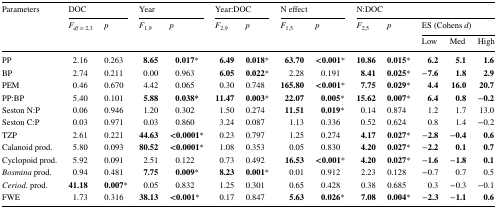
<table><thead><tr><td rowspan="3"><b>Parameters</b></td><td colspan="2"><b>DOC</b></td><td colspan="2"><b>Year</b></td><td colspan="2"><b>Year:DOC</b></td><td colspan="2"><b>N effect</b></td><td colspan="5"><b>N:DOC</b></td></tr><tr><td rowspan="2"><b><i>F</i><sub><i>df</i> = 2,3</sub></b></td><td rowspan="2"><b><i>p</i></b></td><td rowspan="2"><b><i>F</i><sub>1,9</sub></b></td><td rowspan="2"><b><i>p</i></b></td><td rowspan="2"><b><i>F</i><sub>2,9</sub></b></td><td rowspan="2"><b><i>p</i></b></td><td rowspan="2"><b><i>F</i><sub>1,5</sub></b></td><td rowspan="2"><b><i>p</i></b></td><td rowspan="2"><b><i>F</i><sub>2,5</sub></b></td><td rowspan="2"><b><i>p</i></b></td><td colspan="3"><b>ES (Cohens <i>d</i>)</b></td></tr><tr><td><b>Low</b></td><td><b>Med</b></td><td><b>High</b></td></tr></thead><tbody><tr><td>PP</td><td>2.16</td><td>0.263</td><td><b>8.65</b></td><td><b>0.017</b>*</td><td><b>6.49</b></td><td><b>0.018</b>*</td><td><b>63.70</b></td><td><b>&lt;0.001</b>*</td><td><b>10.86</b></td><td><b>0.015</b>*</td><td><b>6.2</b></td><td><b>5.1</b></td><td><b>1.6</b></td></tr><tr><td>BP</td><td>2.74</td><td>0.211</td><td>0.00</td><td>0.963</td><td><b>6.05</b></td><td><b>0.022</b>*</td><td>2.28</td><td>0.191</td><td><b>8.41</b></td><td><b>0.025</b>*</td><td>−<b>7.6</b></td><td><b>1.8</b></td><td><b>2.9</b></td></tr><tr><td>PEM</td><td>0.46</td><td>0.670</td><td>4.42</td><td>0.065</td><td>0.30</td><td>0.748</td><td><b>165.80</b></td><td><b>&lt;0.001</b>*</td><td><b>7.75</b></td><td><b>0.029</b>*</td><td><b>4.4</b></td><td><b>16.0</b></td><td><b>20.7</b></td></tr><tr><td>PP:BP</td><td>5.40</td><td>0.101</td><td><b>5.88</b></td><td><b>0.038*</b></td><td><b>11.47</b></td><td><b>0.003</b>*</td><td><b>22.07</b></td><td><b>0.005</b>*</td><td><b>15.62</b></td><td><b>0.007</b>*</td><td><b>6.4</b></td><td><b>0.8</b></td><td>−<b>0.2</b></td></tr><tr><td>Seston N:P</td><td>0.06</td><td>0.946</td><td>1.20</td><td>0.302</td><td>1.50</td><td>0.274</td><td><b>11.51</b></td><td><b>0.019</b>*</td><td>0.14</td><td>0.874</td><td>1.2</td><td>1.7</td><td>13.0</td></tr><tr><td>Seston C:P</td><td>0.03</td><td>0.971</td><td>0.03</td><td>0.860</td><td>3.24</td><td>0.087</td><td>1.13</td><td>0.336</td><td>0.52</td><td>0.624</td><td>0.8</td><td>1.4</td><td>−0.2</td></tr><tr><td>TZP</td><td>2.61</td><td>0.221</td><td><b>44.63</b></td><td><b>&lt;0.0001</b>*</td><td>0.23</td><td>0.797</td><td>1.25</td><td>0.274</td><td><b>4.17</b></td><td><b>0.027</b>*</td><td>−<b>2.8</b></td><td>−<b>0.4</b></td><td><b>0.6</b></td></tr><tr><td>Calanoid prod.</td><td>5.80</td><td>0.093</td><td><b>80.52</b></td><td><b>&lt;0.0001</b>*</td><td>1.08</td><td>0.353</td><td>0.05</td><td>0.830</td><td><b>4.20</b></td><td><b>0.027</b>*</td><td>−<b>2.2</b></td><td><b>0.1</b></td><td><b>0.7</b></td></tr><tr><td>Cyclopoid prod.</td><td>5.92</td><td>0.091</td><td>2.51</td><td>0.122</td><td>0.73</td><td>0.492</td><td><b>16.53</b></td><td><b>&lt;0.001</b>*</td><td><b>4.20</b></td><td><b>0.027</b>*</td><td>−<b>1.6</b></td><td>−<b>1.8</b></td><td><b>0.1</b></td></tr><tr><td><i>Bosmina</i> prod.</td><td>0.94</td><td>0.481</td><td><b>7.75</b></td><td><b>0.009</b>*</td><td><b>8.23</b></td><td><b>0.001</b>*</td><td>0.01</td><td>0.912</td><td>2.23</td><td>0.128</td><td>−0.7</td><td>0.7</td><td>0.5</td></tr><tr><td><i>Ceriod.</i> prod.</td><td><b>41.18</b></td><td><b>0.007</b>*</td><td>0.05</td><td>0.832</td><td>1.25</td><td>0.301</td><td>0.65</td><td>0.428</td><td>0.38</td><td>0.685</td><td>0.3</td><td>−0.3</td><td>−0.1</td></tr><tr><td>FWE</td><td>1.73</td><td>0.316</td><td><b>38.13</b></td><td><b>&lt;0.001</b>*</td><td>0.17</td><td>0.847</td><td><b>5.63</b></td><td><b>0.026</b>*</td><td><b>7.08</b></td><td><b>0.004</b>*</td><td>−<b>2.3</b></td><td>−<b>1.1</b></td><td><b>0.6</b></td></tr></tbody></table>